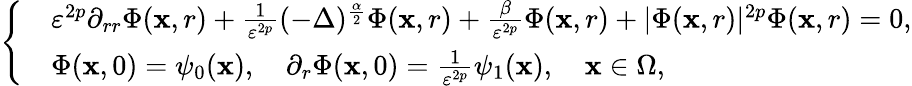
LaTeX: \left\{ \begin{array}{rl}&{\varepsilon^{2p}\partial_{rr}\Phi(\textbf{x},r)+\frac{1}{\varepsilon^{2p}}(-\Delta)^{\frac{\alpha}{2}}\Phi(\textbf{x},r)+\frac{\beta}{\varepsilon^{2p}}\Phi(\textbf{x},r)+|\Phi(\textbf{x},r)|^{2p}\Phi(\textbf{x},r)=0,}\\ &{\Phi(\textbf{x},0)=\psi_{0}(\textbf{x}),\quad\partial_{r}\Phi(\textbf{x},0)=\frac{1}{\varepsilon^{2p}}\psi_{1}(\textbf{x}),\quad\textbf{x}\in\Omega,}\end{array}\right.